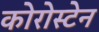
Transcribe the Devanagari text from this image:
कोरोस्टेन